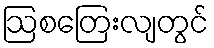
ဩစတြေးလျတွင်